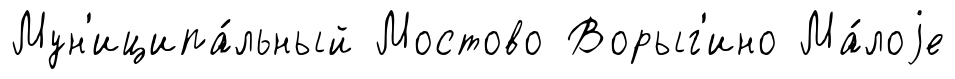
Мун'иципа́льный Мостово Ворыг'ино Ма́лоjе